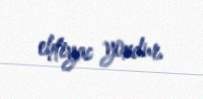
ehtiyac yoxdur.